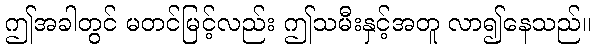
ဤအခါတွင် မတင်မြင့်လည်း ဤသမီးနှင့်အတူ လာ၍နေသည်။